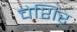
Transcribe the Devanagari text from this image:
चेशिर